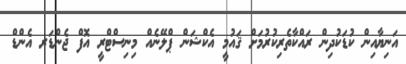
އަނިޔާއިން ކުޑަކުދިން ރައްކާތެރިކުރުމަށް ޤައުމީ އެކްޝަން ޕްލޭނެއް މިނިސްޓްރީ އޮފް ޖެންޑަރ އެންޑް